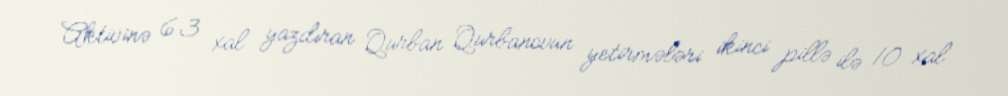
Aktivinə 63 xal yazdıran Qurban Qurbanovun yetirmələri ikinci pillə ilə 10 xal